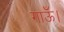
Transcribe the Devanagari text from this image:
गाऊँ।